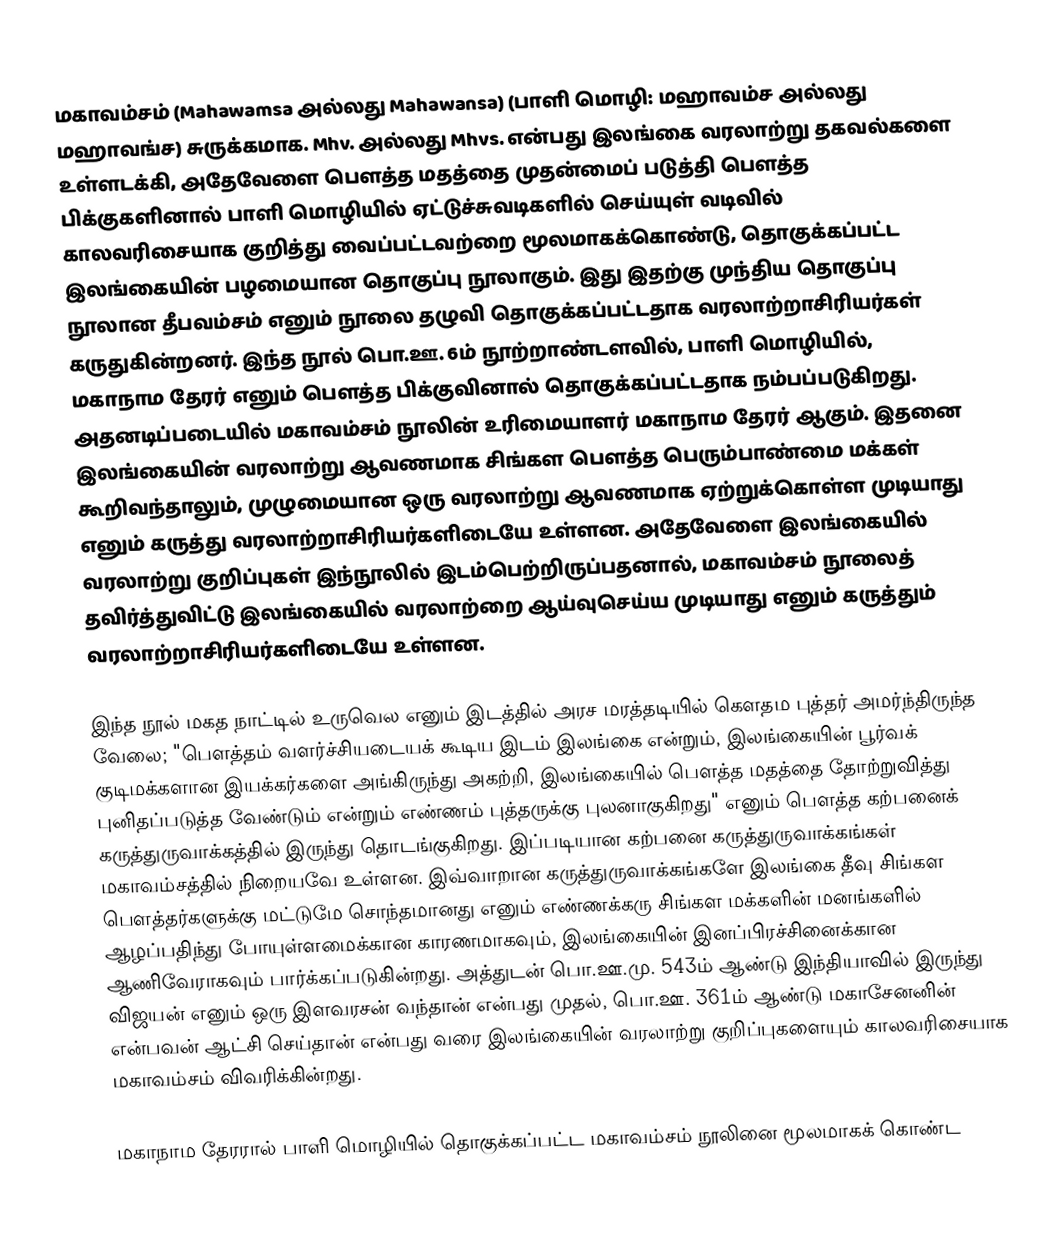
மகாவம்சம் (Mahawamsa அல்லது Mahawansa) (பாளி மொழி: மஹாவம்ச அல்லது மஹாவங்ச) சுருக்கமாக. Mhv. அல்லது Mhvs. என்பது இலங்கை வரலாற்று தகவல்களை உள்ளடக்கி, அதேவேளை பௌத்த மதத்தை முதன்மைப் படுத்தி பௌத்த பிக்குகளினால் பாளி மொழியில் ஏட்டுச்சுவடிகளில் செய்யுள் வடிவில் காலவரிசையாக குறித்து வைப்பட்டவற்றை மூலமாகக்கொண்டு, தொகுக்கப்பட்ட இலங்கையின் பழமையான தொகுப்பு நூலாகும். இது இதற்கு முந்திய தொகுப்பு நூலான தீபவம்சம் எனும் நூலை தழுவி தொகுக்கப்பட்டதாக வரலாற்றாசிரியர்கள் கருதுகின்றனர். இந்த நூல் பொ.ஊ. 6ம் நூற்றாண்டளவில், பாளி மொழியில், மகாநாம தேரர் எனும் பௌத்த பிக்குவினால் தொகுக்கப்பட்டதாக நம்பப்படுகிறது. அதனடிப்படையில் மகாவம்சம் நூலின் உரிமையாளர் மகாநாம தேரர் ஆகும். இதனை இலங்கையின் வரலாற்று ஆவணமாக சிங்கள பௌத்த பெரும்பாண்மை மக்கள் கூறிவந்தாலும், முழுமையான ஒரு வரலாற்று ஆவணமாக ஏற்றுக்கொள்ள முடியாது எனும் கருத்து வரலாற்றாசிரியர்களிடையே உள்ளன. அதேவேளை இலங்கையில் வரலாற்று குறிப்புகள் இந்நூலில் இடம்பெற்றிருப்பதனால், மகாவம்சம் நூலைத் தவிர்த்துவிட்டு இலங்கையில் வரலாற்றை ஆய்வுசெய்ய முடியாது எனும் கருத்தும் வரலாற்றாசிரியர்களிடையே உள்ளன.

இந்த நூல் மகத நாட்டில் உருவெல எனும் இடத்தில் அரச மரத்தடியில் கௌதம புத்தர் அமர்ந்திருந்த வேலை; "பௌத்தம் வளர்ச்சியடையக் கூடிய இடம் இலங்கை என்றும், இலங்கையின் பூர்வக் குடிமக்களான இயக்கர்களை அங்கிருந்து அகற்றி, இலங்கையில் பௌத்த மதத்தை தோற்றுவித்து புனிதப்படுத்த வேண்டும் என்றும் எண்ணம்  புத்தருக்கு புலனாகுகிறது" எனும் பௌத்த கற்பனைக் கருத்துருவாக்கத்தில் இருந்து தொடங்குகிறது. இப்படியான கற்பனை கருத்துருவாக்கங்கள் மகாவம்சத்தில் நிறையவே உள்ளன. இவ்வாறான கருத்துருவாக்கங்களே இலங்கை தீவு சிங்கள பௌத்தர்களுக்கு மட்டுமே சொந்தமானது எனும் எண்ணக்கரு சிங்கள மக்களின் மனங்களில் ஆழப்பதிந்து போயுள்ளமைக்கான காரணமாகவும், இலங்கையின் இனப்பிரச்சினைக்கான ஆணிவேராகவும் பார்க்கப்படுகின்றது. அத்துடன் பொ.ஊ.மு. 543ம் ஆண்டு இந்தியாவில் இருந்து விஜயன் எனும் ஒரு இளவரசன் வந்தான் என்பது முதல், பொ.ஊ. 361ம் ஆண்டு மகாசேனனின் என்பவன் ஆட்சி செய்தான் என்பது வரை இலங்கையின் வரலாற்று குறிப்புகளையும் காலவரிசையாக மகாவம்சம் விவரிக்கின்றது.

மகாநாம தேரரால் பாளி மொழியில் தொகுக்கப்பட்ட மகாவம்சம் நூலினை மூலமாகக் கொண்ட